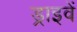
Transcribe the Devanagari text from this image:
ड्राइवें